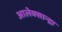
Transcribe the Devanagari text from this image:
आलेक्सान्द्रा